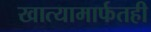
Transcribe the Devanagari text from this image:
खात्यामार्फतही